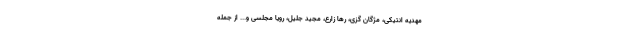
مهدیه انتیکی، مژگان گزی، رها زارع، مجید جلیل، رویا مجلسی و... از جمله